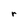
Character: r